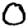
Digit: 0